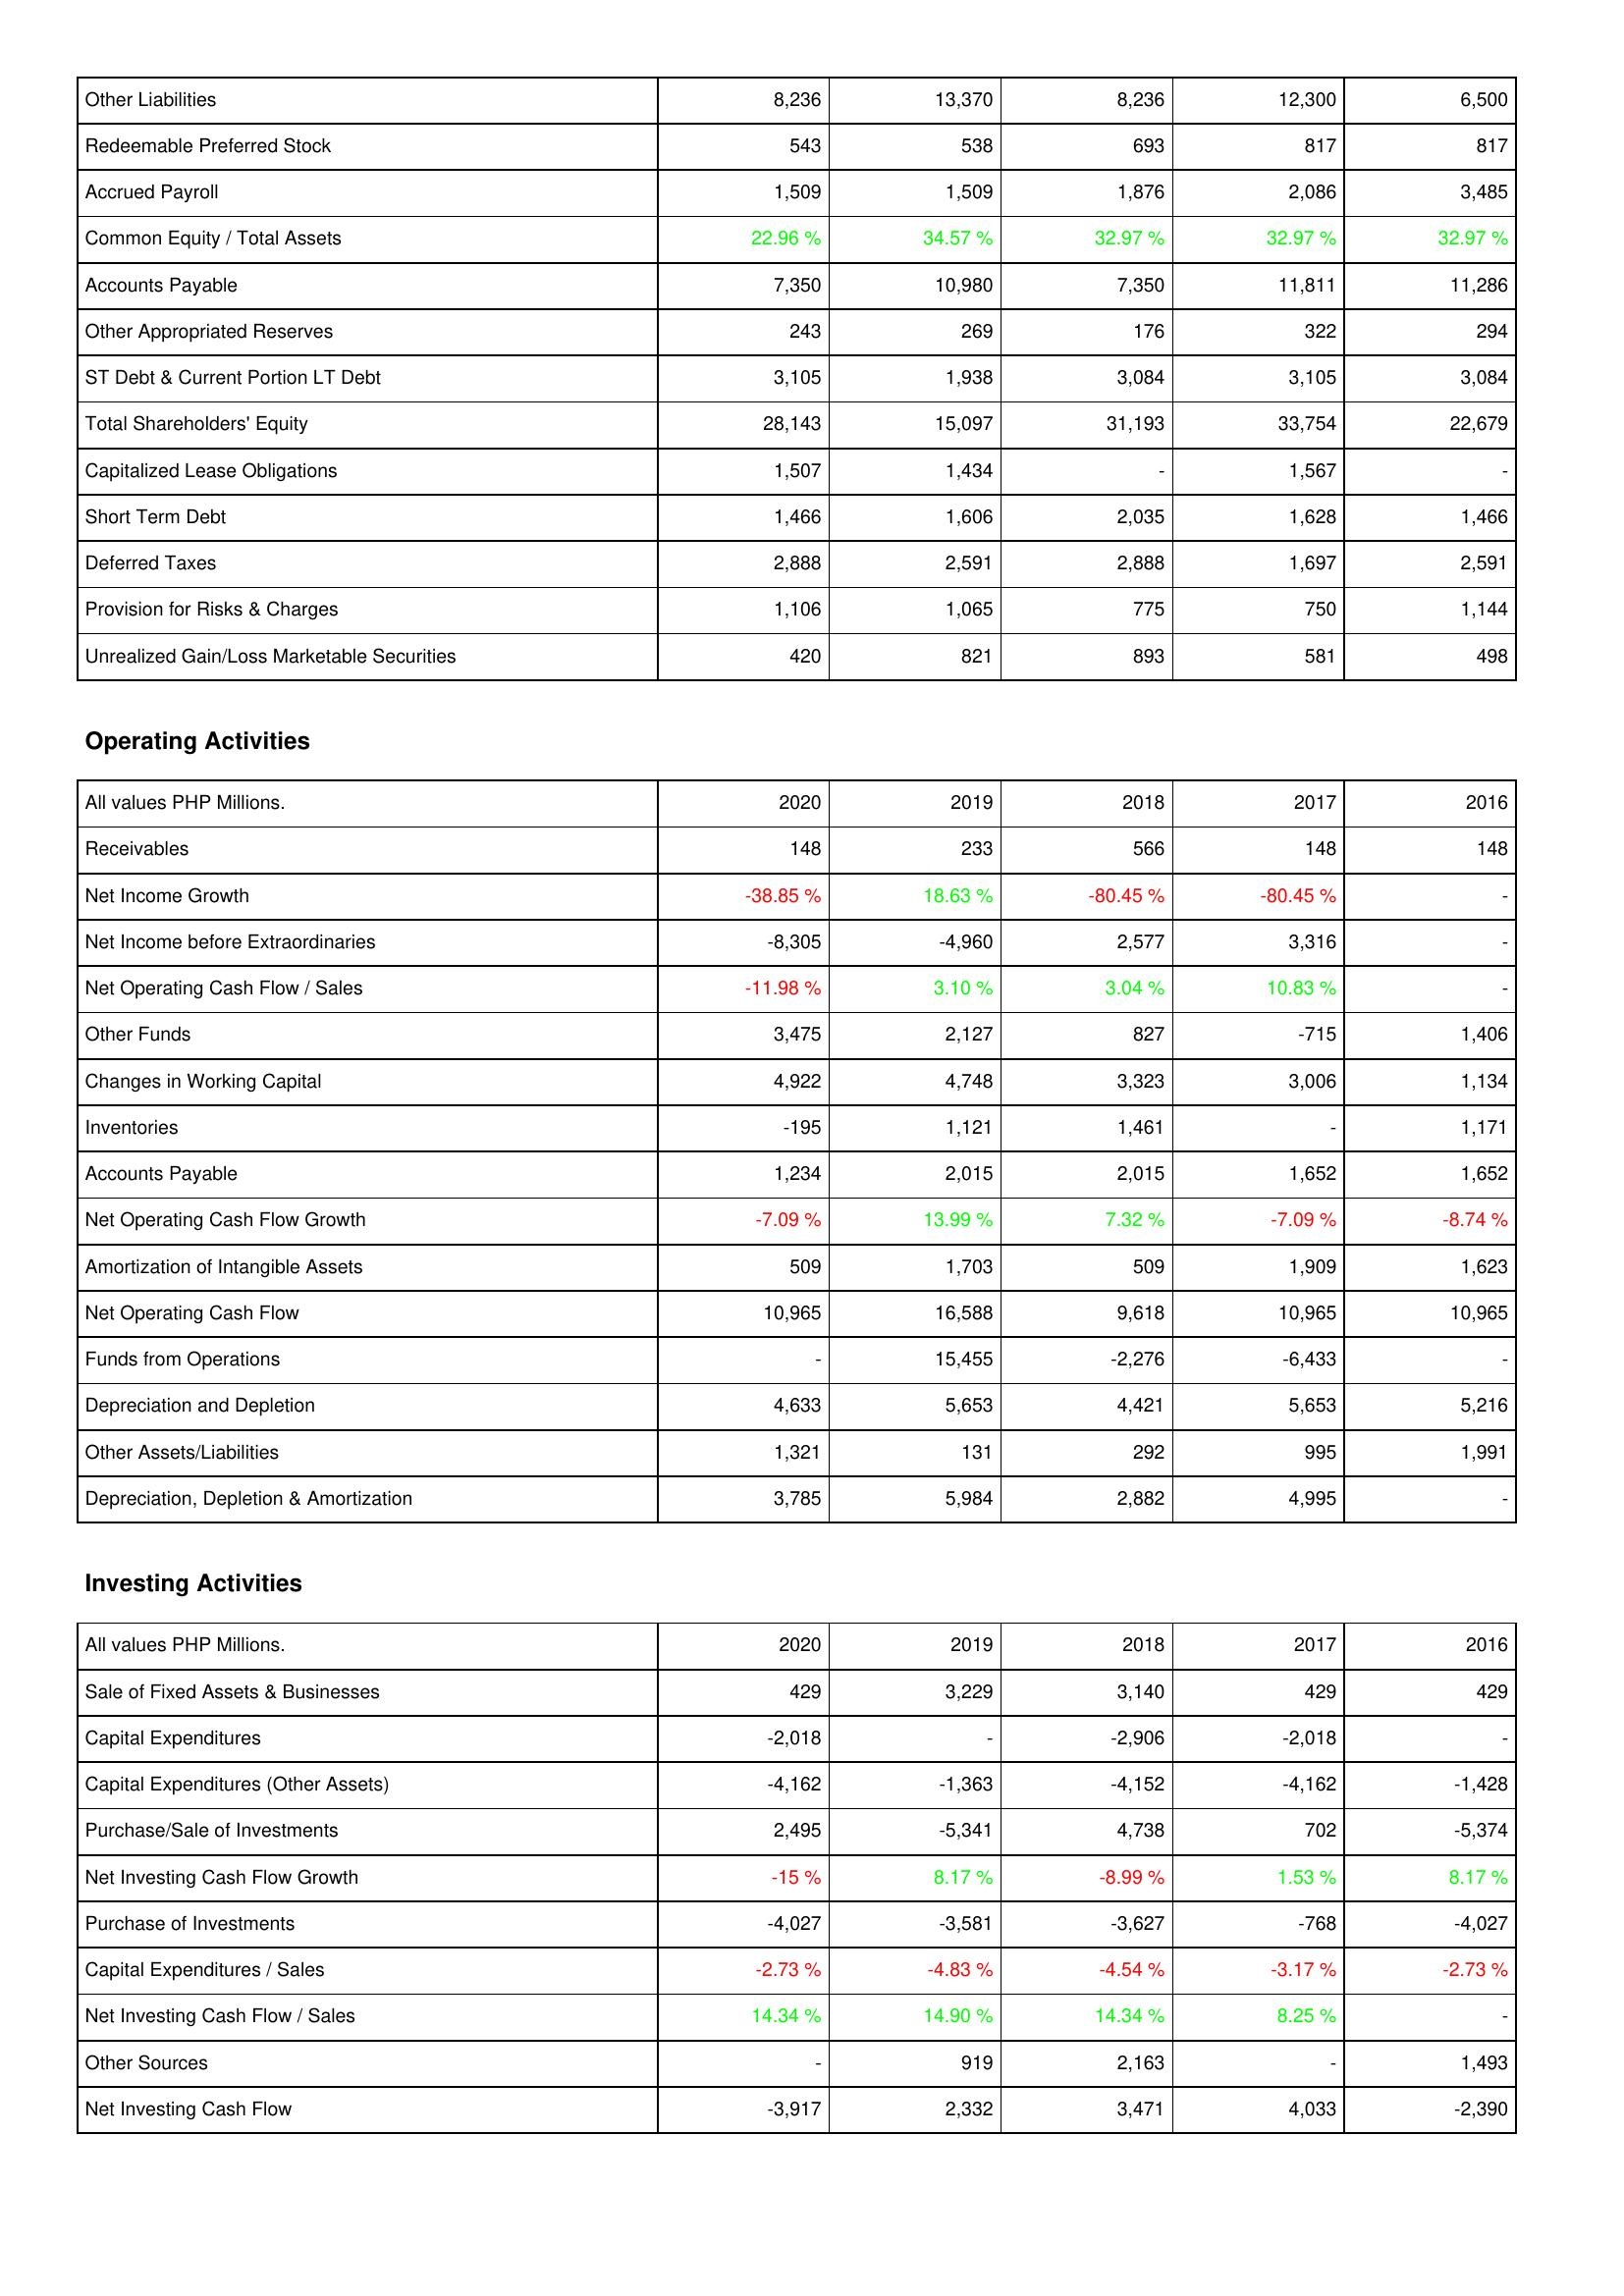
2020: Liabilities & Shareholders' Equity: Other Liabilities: 8,236
Redeemable Preferred Stock: 543
Accrued Payroll: 1,509
Common Equity / Total Assets: 22.96 %
Accounts Payable: 7,350
Other Appropriated Reserves: 243
ST Debt & Current Portion LT Debt: 3,105
Total Shareholders' Equity: 28,143
Capitalized Lease Obligations: 1,507
Short Term Debt: 1,466
Deferred Taxes: 2,888
Provision for Risks & Charges: 1,106
Unrealized Gain/Loss Marketable Securities: 420
Operating Activities: Receivables: 148
Net Income Growth: -38.85 %
Net Income before Extraordinaries: -8,305
Net Operating Cash Flow / Sales: -11.98 %
Other Funds: 3,475
Changes in Working Capital: 4,922
Inventories: -195
Accounts Payable: 1,234
Net Operating Cash Flow Growth: -7.09 %
Amortization of Intangible Assets: 509
Net Operating Cash Flow: 10,965
Funds from Operations: -
Depreciation and Depletion: 4,633
Other Assets/Liabilities: 1,321
Depreciation, Depletion & Amortization: 3,785
Investing Activities: Sale of Fixed Assets & Businesses: 429
Capital Expenditures: -2,018
Capital Expenditures (Other Assets): -4,162
Purchase/Sale of Investments: 2,495
Net Investing Cash Flow Growth: -15 %
Purchase of Investments: -4,027
Capital Expenditures / Sales: -2.73 %
Net Investing Cash Flow / Sales: 14.34 %
Other Sources: -
Net Investing Cash Flow: -3,917
2019: Liabilities & Shareholders' Equity: Other Liabilities: 13,370
Redeemable Preferred Stock: 538
Accrued Payroll: 1,509
Common Equity / Total Assets: 34.57 %
Accounts Payable: 10,980
Other Appropriated Reserves: 269
ST Debt & Current Portion LT Debt: 1,938
Total Shareholders' Equity: 15,097
Capitalized Lease Obligations: 1,434
Short Term Debt: 1,606
Deferred Taxes: 2,591
Provision for Risks & Charges: 1,065
Unrealized Gain/Loss Marketable Securities: 821
Operating Activities: Receivables: 233
Net Income Growth: 18.63 %
Net Income before Extraordinaries: -4,960
Net Operating Cash Flow / Sales: 3.10 %
Other Funds: 2,127
Changes in Working Capital: 4,748
Inventories: 1,121
Accounts Payable: 2,015
Net Operating Cash Flow Growth: 13.99 %
Amortization of Intangible Assets: 1,703
Net Operating Cash Flow: 16,588
Funds from Operations: 15,455
Depreciation and Depletion: 5,653
Other Assets/Liabilities: 131
Depreciation, Depletion & Amortization: 5,984
Investing Activities: Sale of Fixed Assets & Businesses: 3,229
Capital Expenditures: -
Capital Expenditures (Other Assets): -1,363
Purchase/Sale of Investments: -5,341
Net Investing Cash Flow Growth: 8.17 %
Purchase of Investments: -3,581
Capital Expenditures / Sales: -4.83 %
Net Investing Cash Flow / Sales: 14.90 %
Other Sources: 919
Net Investing Cash Flow: 2,332
2018: Liabilities & Shareholders' Equity: Other Liabilities: 8,236
Redeemable Preferred Stock: 693
Accrued Payroll: 1,876
Common Equity / Total Assets: 32.97 %
Accounts Payable: 7,350
Other Appropriated Reserves: 176
ST Debt & Current Portion LT Debt: 3,084
Total Shareholders' Equity: 31,193
Capitalized Lease Obligations: -
Short Term Debt: 2,035
Deferred Taxes: 2,888
Provision for Risks & Charges: 775
Unrealized Gain/Loss Marketable Securities: 893
Operating Activities: Receivables: 566
Net Income Growth: -80.45 %
Net Income before Extraordinaries: 2,577
Net Operating Cash Flow / Sales: 3.04 %
Other Funds: 827
Changes in Working Capital: 3,323
Inventories: 1,461
Accounts Payable: 2,015
Net Operating Cash Flow Growth: 7.32 %
Amortization of Intangible Assets: 509
Net Operating Cash Flow: 9,618
Funds from Operations: -2,276
Depreciation and Depletion: 4,421
Other Assets/Liabilities: 292
Depreciation, Depletion & Amortization: 2,882
Investing Activities: Sale of Fixed Assets & Businesses: 3,140
Capital Expenditures: -2,906
Capital Expenditures (Other Assets): -4,152
Purchase/Sale of Investments: 4,738
Net Investing Cash Flow Growth: -8.99 %
Purchase of Investments: -3,627
Capital Expenditures / Sales: -4.54 %
Net Investing Cash Flow / Sales: 14.34 %
Other Sources: 2,163
Net Investing Cash Flow: 3,471
2017: Liabilities & Shareholders' Equity: Other Liabilities: 12,300
Redeemable Preferred Stock: 817
Accrued Payroll: 2,086
Common Equity / Total Assets: 32.97 %
Accounts Payable: 11,811
Other Appropriated Reserves: 322
ST Debt & Current Portion LT Debt: 3,105
Total Shareholders' Equity: 33,754
Capitalized Lease Obligations: 1,567
Short Term Debt: 1,628
Deferred Taxes: 1,697
Provision for Risks & Charges: 750
Unrealized Gain/Loss Marketable Securities: 581
Operating Activities: Receivables: 148
Net Income Growth: -80.45 %
Net Income before Extraordinaries: 3,316
Net Operating Cash Flow / Sales: 10.83 %
Other Funds: -715
Changes in Working Capital: 3,006
Inventories: -
Accounts Payable: 1,652
Net Operating Cash Flow Growth: -7.09 %
Amortization of Intangible Assets: 1,909
Net Operating Cash Flow: 10,965
Funds from Operations: -6,433
Depreciation and Depletion: 5,653
Other Assets/Liabilities: 995
Depreciation, Depletion & Amortization: 4,995
Investing Activities: Sale of Fixed Assets & Businesses: 429
Capital Expenditures: -2,018
Capital Expenditures (Other Assets): -4,162
Purchase/Sale of Investments: 702
Net Investing Cash Flow Growth: 1.53 %
Purchase of Investments: -768
Capital Expenditures / Sales: -3.17 %
Net Investing Cash Flow / Sales: 8.25 %
Other Sources: -
Net Investing Cash Flow: 4,033
2016: Liabilities & Shareholders' Equity: Other Liabilities: 6,500
Redeemable Preferred Stock: 817
Accrued Payroll: 3,485
Common Equity / Total Assets: 32.97 %
Accounts Payable: 11,286
Other Appropriated Reserves: 294
ST Debt & Current Portion LT Debt: 3,084
Total Shareholders' Equity: 22,679
Capitalized Lease Obligations: -
Short Term Debt: 1,466
Deferred Taxes: 2,591
Provision for Risks & Charges: 1,144
Unrealized Gain/Loss Marketable Securities: 498
Operating Activities: Receivables: 148
Net Income Growth: -
Net Income before Extraordinaries: -
Net Operating Cash Flow / Sales: -
Other Funds: 1,406
Changes in Working Capital: 1,134
Inventories: 1,171
Accounts Payable: 1,652
Net Operating Cash Flow Growth: -8.74 %
Amortization of Intangible Assets: 1,623
Net Operating Cash Flow: 10,965
Funds from Operations: -
Depreciation and Depletion: 5,216
Other Assets/Liabilities: 1,991
Depreciation, Depletion & Amortization: -
Investing Activities: Sale of Fixed Assets & Businesses: 429
Capital Expenditures: -
Capital Expenditures (Other Assets): -1,428
Purchase/Sale of Investments: -5,374
Net Investing Cash Flow Growth: 8.17 %
Purchase of Investments: -4,027
Capital Expenditures / Sales: -2.73 %
Net Investing Cash Flow / Sales: -
Other Sources: 1,493
Net Investing Cash Flow: -2,390